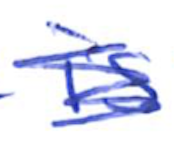
Text: is
Cross-out: mix
Writing tool: ballpoint